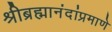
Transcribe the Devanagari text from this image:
श्रीब्रह्मानंदांप्रमाणे